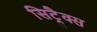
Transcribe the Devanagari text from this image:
सिट्रैक्स